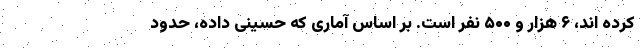
کرده اند، ۶ هزار و ۵۰۰ نفر است. بر اساس آماری که حسینی داده، حدود